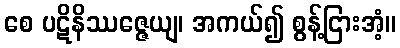
စေ ပဋိနိဿဇ္ဇေယျ၊ အကယ်၍ စွန့်ငြားအံ့။